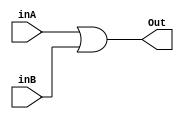
module or2(inA, inB, Out);
    input inA;
    input inB;
    output Out;
    assign Out = inA | inB;
endmodule